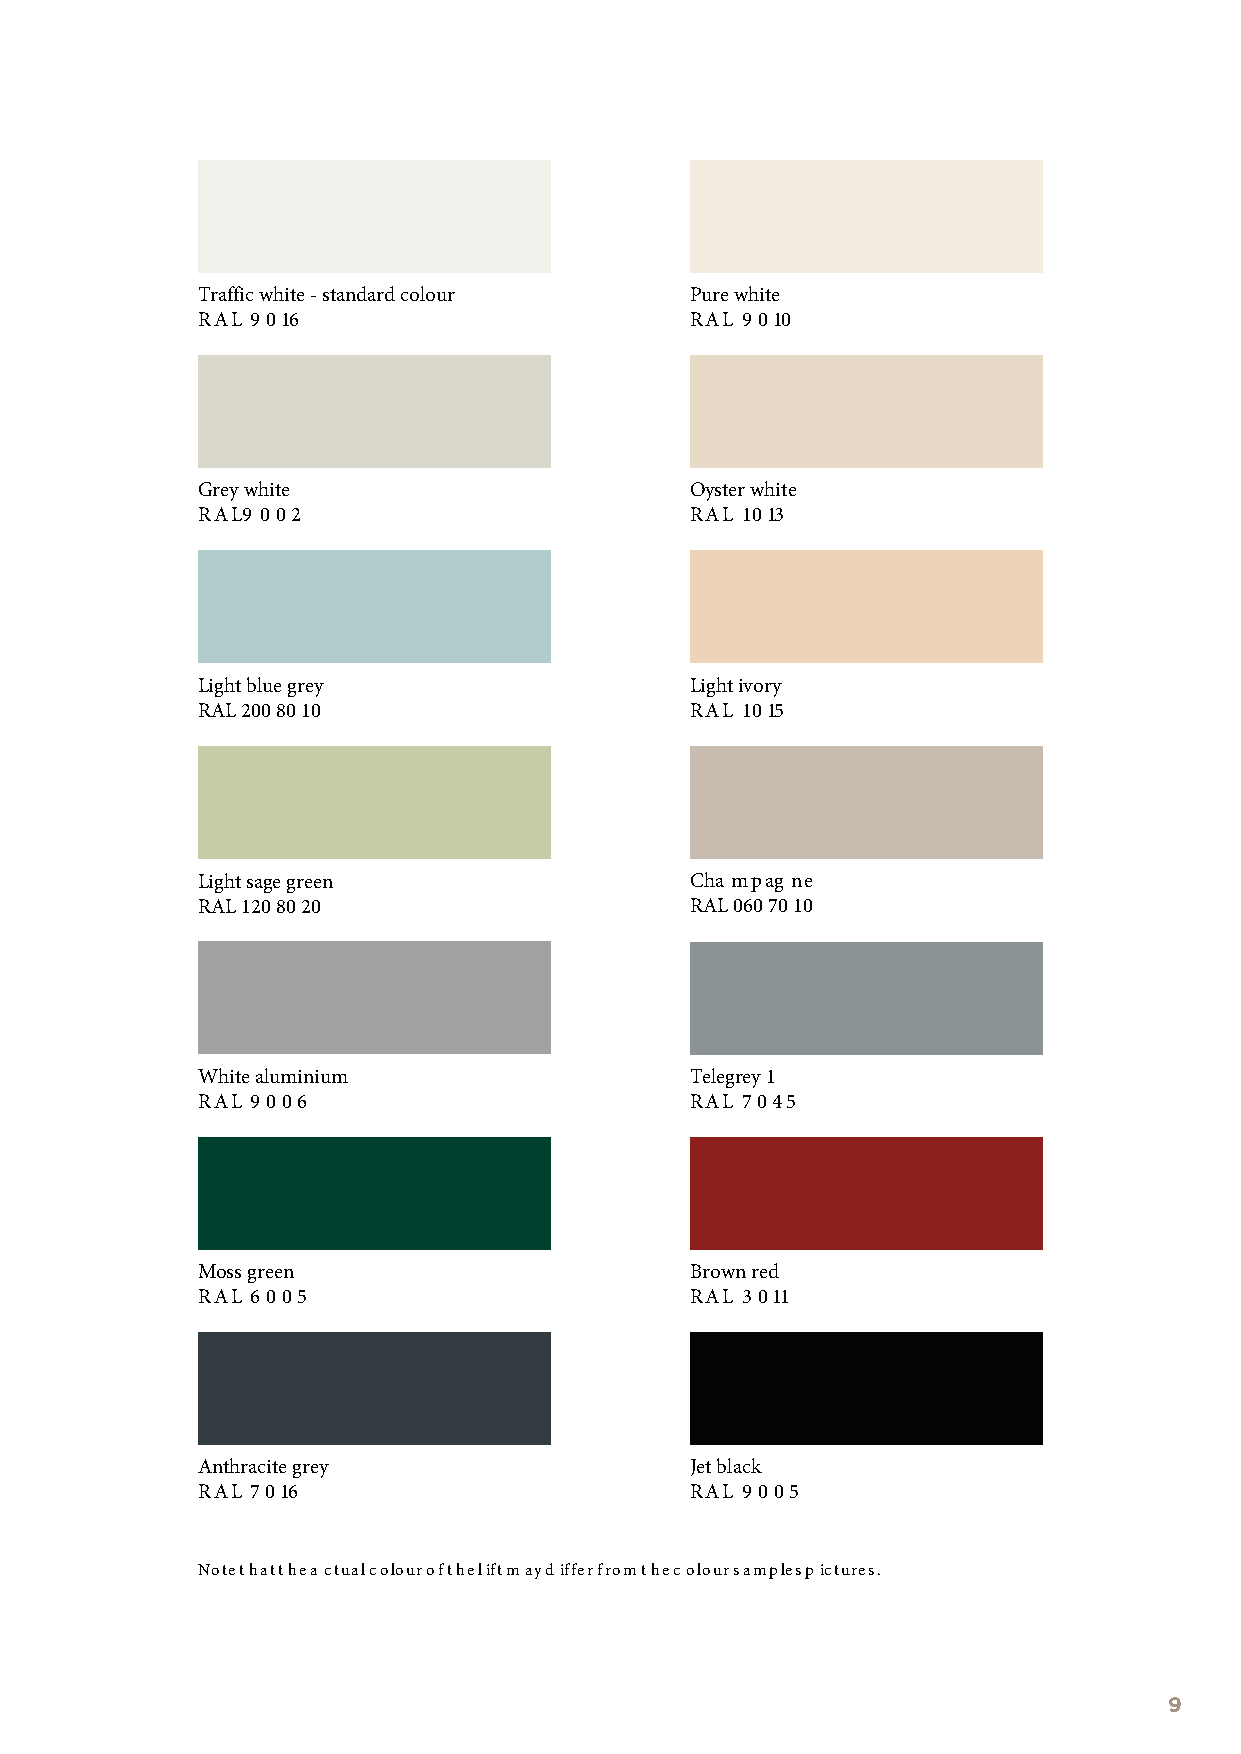
Traffic white - standard colour  Pure white
 RAL 9 016                        RAL 9 010
 Grey white                       Oyster white
 RAL9 002                         RAL 1 013
 Light blue grey                  Light ivory
 RAL 200 80 10                    RAL 1 015
 Light sage green                 Cha mpag ne
 RAL 120 80 20                    RAL 060 70 10
 White aluminium                  Telegrey 1
 RAL 9 006                        RAL 7 045
 Moss green                       Brown red
 RAL 6 005                        RAL 3 011
 Anthracite grey                  Jet black
 RAL 7 016                        RAL 9 005
 Note that the a ctual colour of the lift may differ from the c olour samples pictures.
 9